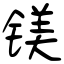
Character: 镁